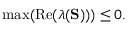
\operatorname* { m a x } ( \operatorname { R e } ( \lambda ( \mathbf { S } ) ) ) \leq 0 .